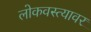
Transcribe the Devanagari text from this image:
लोकवस्त्यावर